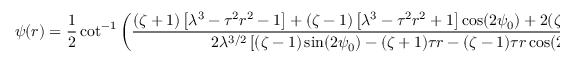
\psi ( r ) = \frac { 1 } { 2 } \cot ^ { - 1 } \left( \frac { ( \zeta + 1 ) \left[ \lambda ^ { 3 } - \tau ^ { 2 } r ^ { 2 } - 1 \right] + ( \zeta - 1 ) \left[ \lambda ^ { 3 } - \tau ^ { 2 } r ^ { 2 } + 1 \right] \cos ( 2 \psi _ { 0 } ) + 2 ( \zeta - 1 ) \tau r \sin ( 2 \psi _ { 0 } ) } { 2 \lambda ^ { 3 / 2 } \left[ ( \zeta - 1 ) \sin ( 2 \psi _ { 0 } ) - ( \zeta + 1 ) \tau r - ( \zeta - 1 ) \tau r \cos ( 2 \psi _ { 0 } ) \right] } \right) ,